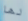
لها